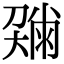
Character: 𡙼